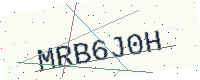
Text: MRB6J0H